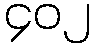
၄၀၂